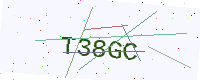
Text: T38GC